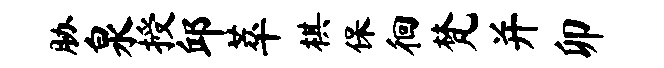
胁泉授邱萃棋保徊梵并卯